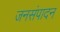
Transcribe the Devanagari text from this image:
जनसंपादन